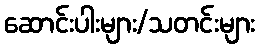
ဆောင်းပါးများ/သတင်းများ